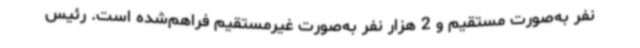
نفر به‌صورت مستقیم و 2 هزار نفر به‌صورت غیرمستقیم فراهم‌شده است. رئیس